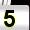
Digit: 5